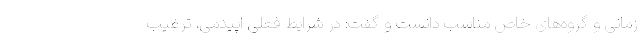
زمانی و گروه‌های خاص مناسب دانست و گفت: در شرایط فعلی اپیدمی، ترغیب